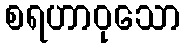
စရဟာဝုသော